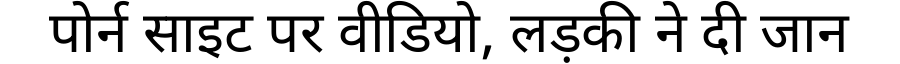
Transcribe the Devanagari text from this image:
पोर्न साइट पर वीडियो, लड़की ने दी जान